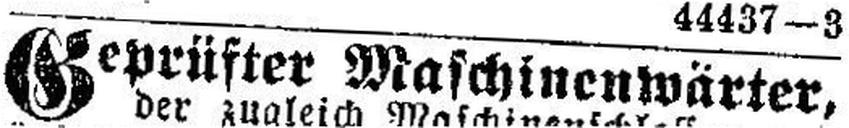
Geprüfter Maschinenwärter,